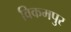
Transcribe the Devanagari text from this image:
विकमपुर